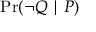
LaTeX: \operatorname* { P r } ( \lnot Q \mid P )